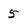
Character: 5